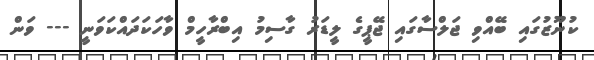
ކުނޫޒުގައި ބޭއްވި ޖަލްސާގައި ޖޭޕީގެ ލީޑަރު ގާސިމު އިބްރާހީމް ވާހަކަދައްކަވަނީ --- ވަން